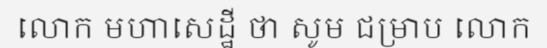
លោក មហាសេដ្ឋី ថា សូម ជម្រាប លោក